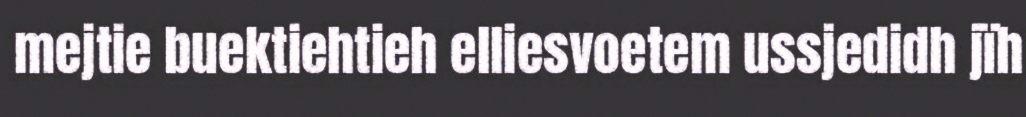
mejtie buektiehtieh elliesvoetem ussjedidh jïh